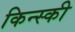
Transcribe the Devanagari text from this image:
किन्स्की